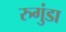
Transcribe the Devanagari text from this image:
रुगुंडा